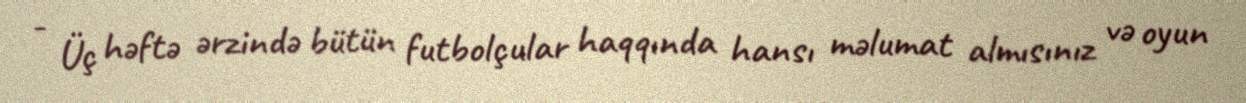
- Üç həftə ərzində bütün futbolçular haqqında hansı məlumat almısınız və oyun